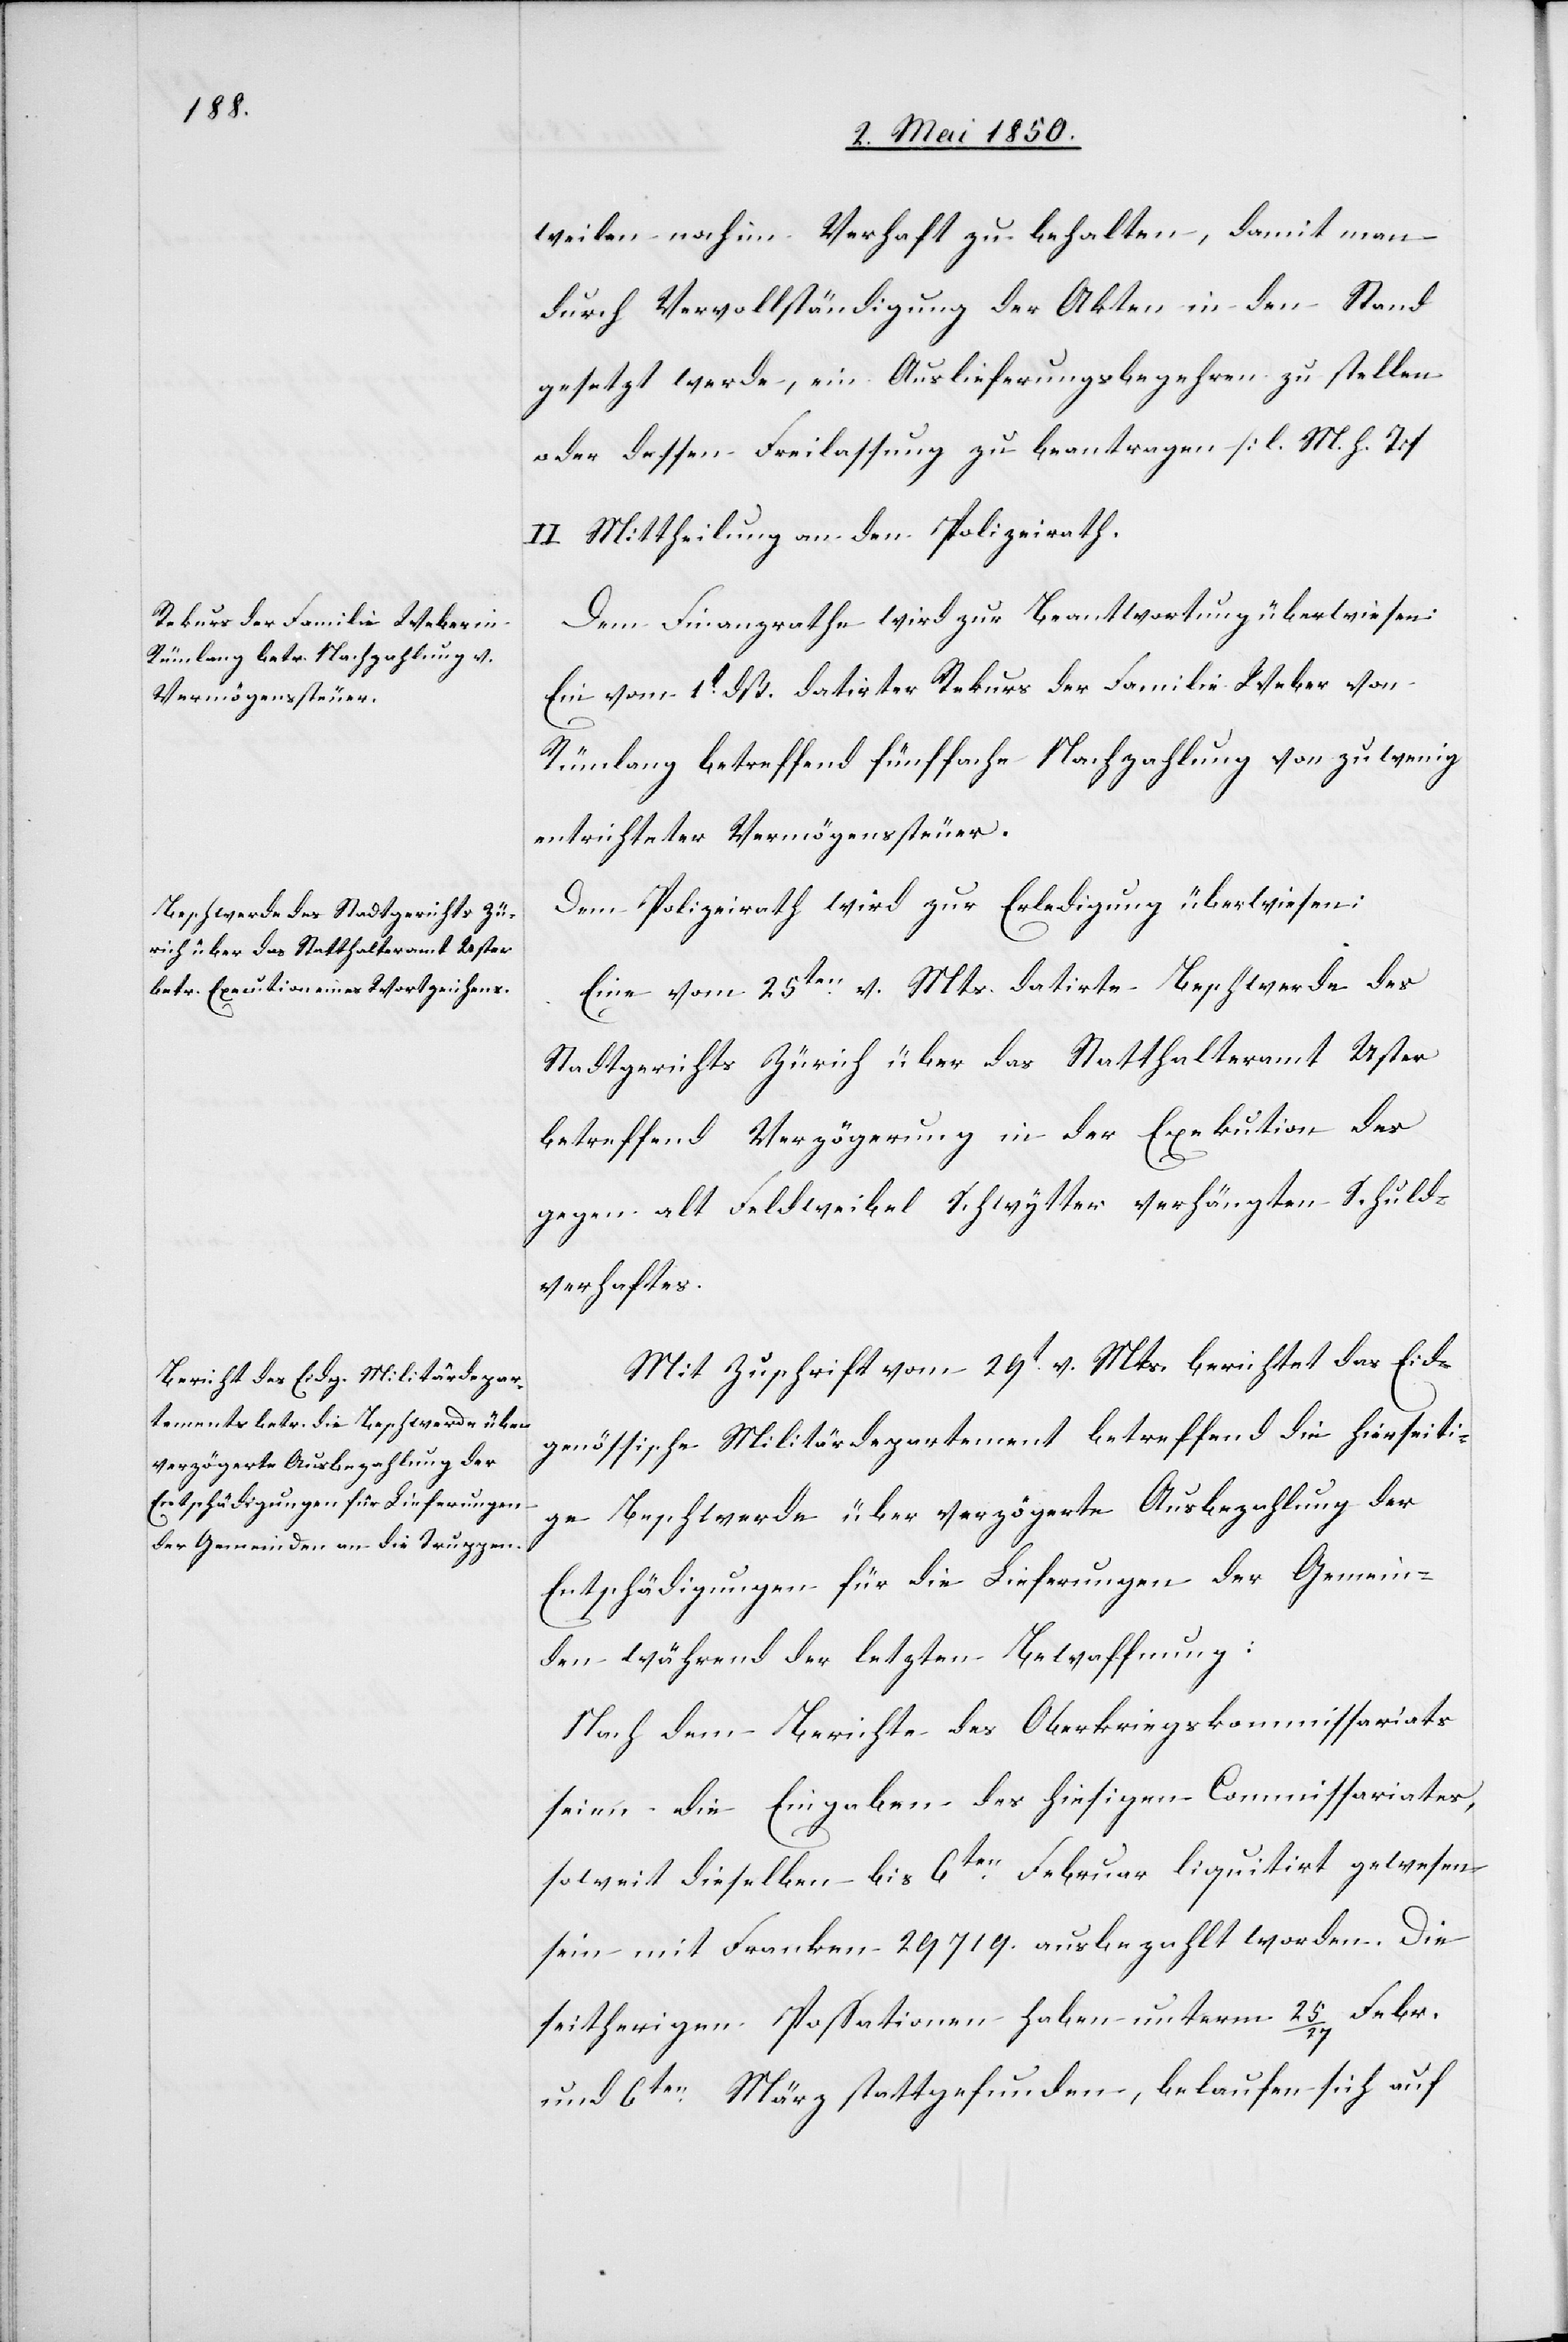
weilen noch im Verhaft zu behalten, damit man
durch Vervollständigung der Akten in den Stand
gesetzt werde, ein Auslieferungsbegehren zu stellen
oder dessen Freilassung zu beantragen [l. M. h. T]
II. Mittheilung an den Polizeirath.
Dem Finanzrathe wird zur Beantwortung überwiesen:
Ein vom 1t dß. datirter Rekurs der Familie Weber von
Rümlang betreffend fünffache Nachzahlung von zu wenig
entrichteter Vermögenssteuer.
Dem Polizeirath wird zur Erledigung überwiesen:
Eine vom 25ten v. Mts. datirte Beschwerde des
Stadtgerichts Zürich über das Statthalteramt Uster
betreffend Verzögerung in der Exekution des
gegen alt Feldweibel Schwytter verhängten Schuld¬
verhaftes.
Mit Zuschrift vom 29t v. Mts. berichtet das Eid¬
genössische Militärdepartement betreffend die hierseiti¬
ge Beschwerde über verzögerte Ausbezahlung der
Entschädigungen für die Lieferungen der Gemein¬
den während der letzten Bewaffnung:
Nach dem Berichte des Oberkriegskommissariats
seien die Eingaben des hiesigen Commissariates,
soweit dieselben bis 6ten Februar liquitirt gewesen
sein mit Franken 29719. ausbezahlt worden. Die
seitherigen Possationen haben unterm 25/27 Febr.
und 6ten März stattgefunden, belaufen sich auf